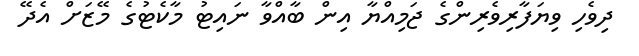
ދިވެހި ވިޔަފާރިވެރިންގެ ޖަމިއްޔާ އިން ބާއްވާ ނައިޓު މާކެޓުގެ މޭޒަށް އެދޭ